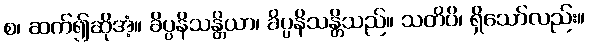
စ၊ ဆက်၍ဆိုအံ့။ ခိပ္ပနိသန္တိယာ၊ ခိပ္ပနိသန္တိသည်။ သတိပိ၊ ရှိသော်လည်း။